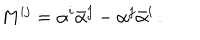
LaTeX: M ^ { i j } = \alpha ^ { i } \bar { \alpha } ^ { j } - \alpha ^ { j } \bar { \alpha } ^ { i } \, .